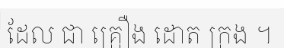
ដែល ជា គ្រឿង ដោត ក្រង ។